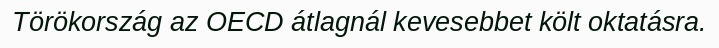
Törökország az OECD átlagnál kevesebbet költ oktatásra.